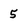
Character: 5